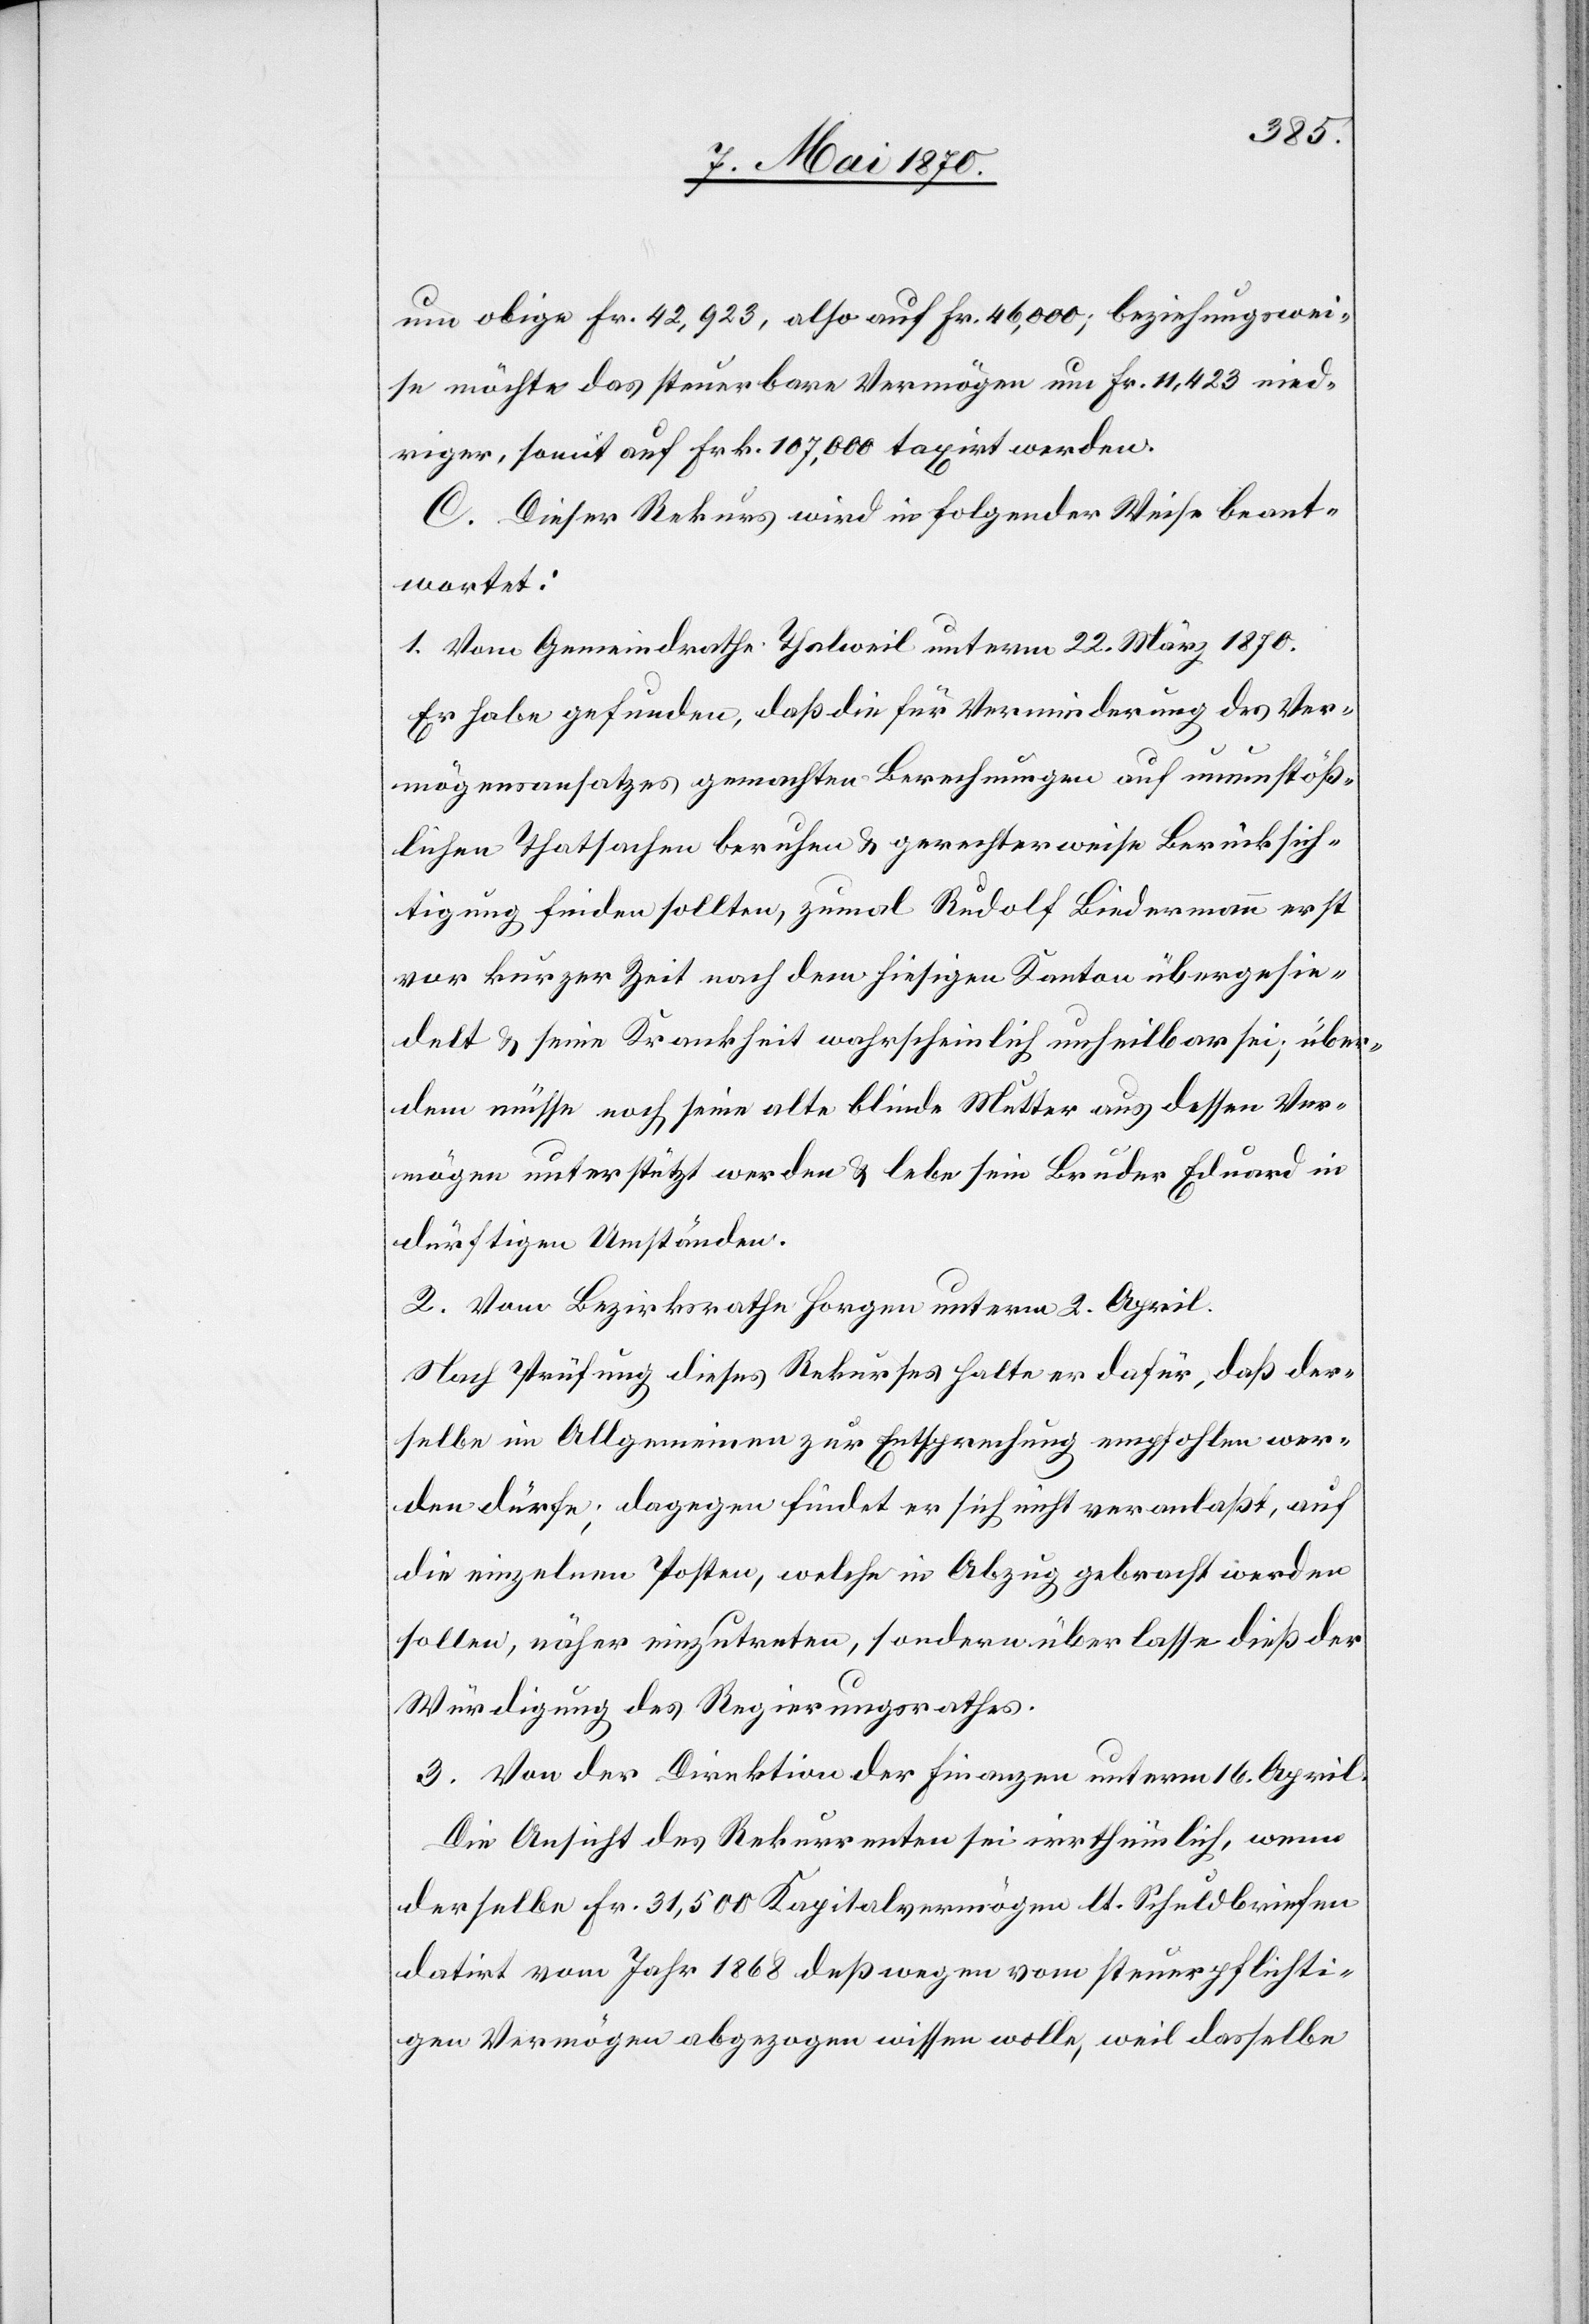
um obige Fr. 42,923, also auf Fr. 46,000; beziehungswei¬
se möchte das steuerbare Vermögen um Fr. 11,423 nied¬
riger, somit auf Frk. 107,000 taxirt werden.
C. Dieser Rekurs wird in folgender Weise beant¬
wortet:
1. Vom Gemeindrathe Thalweil unterm 22. März 1870.
Er habe gefunden, daß die für Verminderung des Ver¬
mögensansatzes gemachten Berechnungen auf unumstöß¬
lichen Thatsachen beruhen & gerechterweise Berücksich¬
tigung finden sollten, zumal Rudolf Biedermann erst
vor kurzer Zeit nach dem hiesigen Kanton übergesie¬
delt & seine Krankheit wahrscheinlich unheilbar sei; über¬
dem müsse noch seine alte blinde Mutter aus dessen Ver¬
mögen unterstützt werden & lebe sein Bruder Eduard in
dürftigen Umständen.
2. Vom Bezirksrathe Horgen unterm 2. April:
Nach Prüfung dieses Rekurses halte er dafür, daß der¬
selbe im Allgemeinen zur Entsprechung empfohlen wer¬
den dürfe; dagegen findet er sich nicht veranlaßt, auf
die einzelnen Posten, welche in Abzug gebracht werden
sollen, näher einzutreten, sondern überlasse dieß der
Würdigung des Regierungsrathes.
3. Von der Direktion der Finanzen unterm 16. April.
Die Ansicht des Rekurrenten sei irrthümlich, wenn
derselbe Fr. 31,500 Kapitalvermögen lt. Schuldbriefen
datirt vom Jahr 1868 deßwegen vom steuerpflichti¬
gen Vermögen abgezogen wissen wolle, weil dasselbe